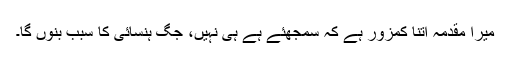
میرا مقدمہ اتنا کمزور ہے کہ سمجھئے ہے ہی نہیں، جگ ہنسائی کا سبب بنوں گا۔